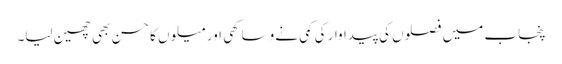
پنجاب میں فصلوں کی پیداوار کی کمی نے وساکھی اور میلوں کا حسن بھی چھین لیا۔